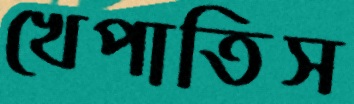
খেপাতিস